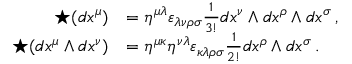
{ \begin{array} { r l } { \star ( d x ^ { \mu } ) } & { = \eta ^ { \mu \lambda } \varepsilon _ { \lambda \nu \rho \sigma } { \frac { 1 } { 3 ! } } d x ^ { \nu } \wedge d x ^ { \rho } \wedge d x ^ { \sigma } \, , } \\ { \star ( d x ^ { \mu } \wedge d x ^ { \nu } ) } & { = \eta ^ { \mu \kappa } \eta ^ { \nu \lambda } \varepsilon _ { \kappa \lambda \rho \sigma } { \frac { 1 } { 2 ! } } d x ^ { \rho } \wedge d x ^ { \sigma } \, . } \end{array} }